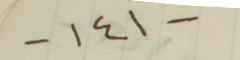
-١٤١-